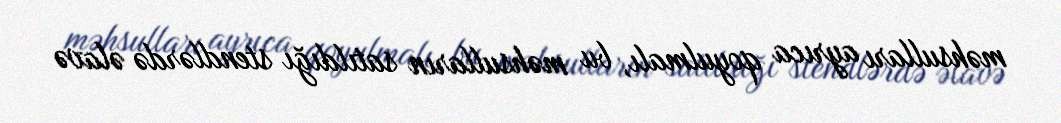
məhsulları ayrıca qoyulmalı, bu məhsulların satıldığı stendlərdə əlavə